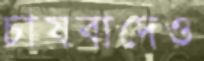
চাষবাদেও